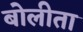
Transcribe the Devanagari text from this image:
बोलीता